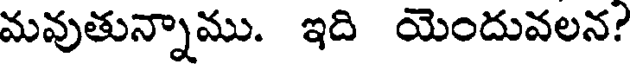
మవుతున్నాము. ఇది యెందువలన?